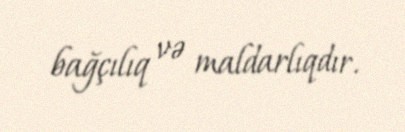
bağçılıq və maldarlıqdır.